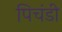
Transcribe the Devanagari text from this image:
पिचंडी